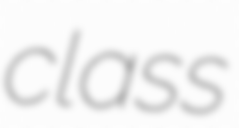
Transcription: class